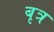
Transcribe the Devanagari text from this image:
बृत्र